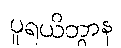
ပူရယိတွာန